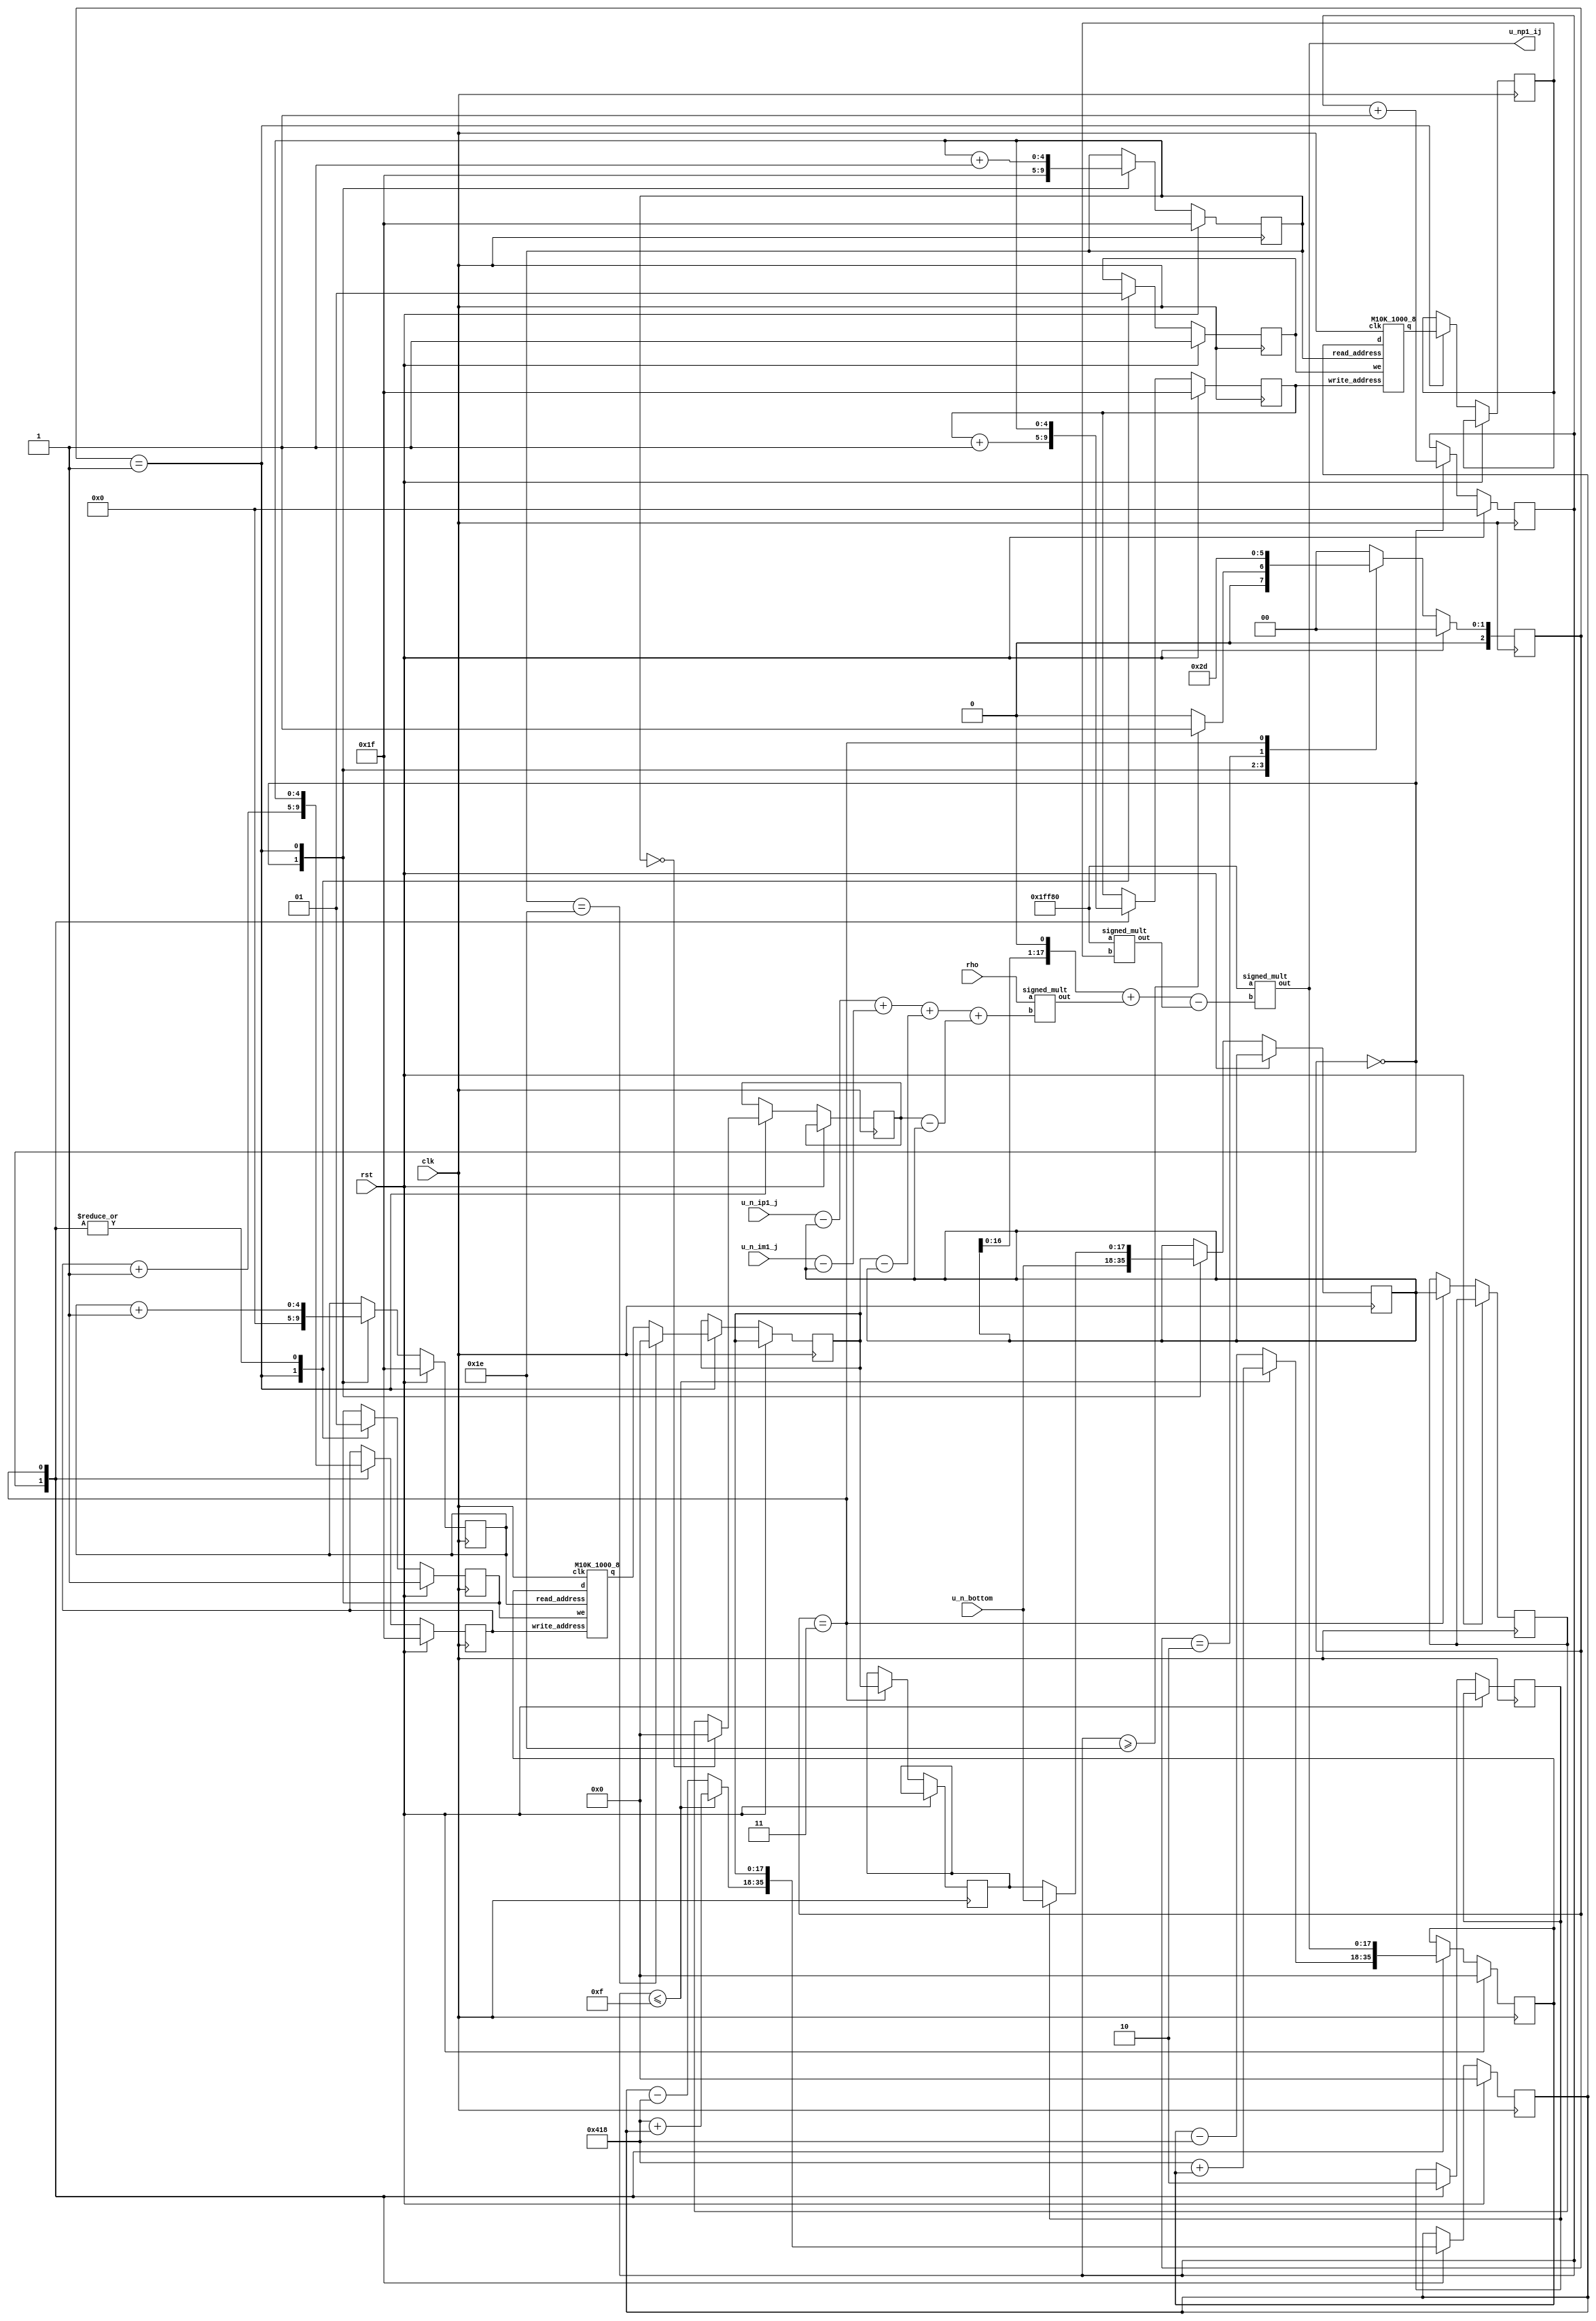
module fsm_ComputeModule(
    clk,
    rst,
    //u_n_ij,   delete this input
    //u_nm1_ij, 
    u_n_im1_j, 
    //u_n_i_jm1,    delete this input
    //u_n_i_jp1, 
    u_n_ip1_j, 
    rho,
    u_np1_ij,
    u_n_bottom
);
    input clk;
    input rst;
    input signed [17:0]   u_n_bottom;
    input signed [17:0] u_n_im1_j, u_n_ip1_j;  // Assuming 1.17 fixed 
    input [17:0] rho;
    output signed [17:0] u_np1_ij;  

    // memory blocks initialization
    reg [4:0] w_addr_un;
    reg [4:0] w_addr_un_1;
    reg [4:0] r_addr_un;
    reg [4:0] r_addr_un_1;
    reg we_un;
    reg we_un_1;
    reg [17:0] in_un;
    wire [17:0] out_un;
    reg [17:0] in_un_1;
    wire [17:0] out_un_1;
    reg init;
    reg signed [17:0] out_un_reg, out_un_1_reg, u_nm1_ij, u_n_i_jp1;

    wire signed  [17:0] tmp1, tmp3;
    wire signed [17:0] rho_tmp1;
    wire signed [17:0] al_nm1ij;
    wire signed [17:0] al_tmp3;
    reg signed  [17:0] unn, unn_1;

    parameter ng_dt_2 = 18'b0_0_0000_0000_1000_0000; //2^(-10)

    wire [17:0] alpha;
    assign alpha = 18'b1_0_0000_0000_0000_0000 - ng_dt_2;   // 1 - (ng*dt)/2

    M10K_1000_8 un   (.q(out_un), //output
                      .d(in_un),
                      .write_address(w_addr_un),
                      .read_address(r_addr_un),
                      .we(we_un),
                      .clk(clk)
                      );

    M10K_1000_8 un_1 (.q(out_un_1), //output
                      .d(in_un_1),
                      .write_address( w_addr_un_1),
                      .read_address(r_addr_un_1),
                      .we(we_un_1),
                      .clk(clk)
                      );

    reg [2:0] state;
    reg [2:0] next_state;
    reg [4:0] counter, counter_mem; 
    parameter [17:0] increment_mem = 18'b0_0_0000_0100_0001_1000;


    reg [17:0] u_n_i_jm1, u_n_i_j, u_n_i_j_reg, u_n_i_jm1_reg;
    parameter [2:0] MEM_INI = 3'b000;
    parameter [2:0] IDLE    = 3'b001;
    parameter [2:0] CALC    = 3'b010;
    parameter [2:0] DONE    = 3'b011;
    parameter [2:0] MEM    = 3'b011;

    always@(posedge clk)begin
        state <= next_state;
        if(rst)begin
            w_addr_un  <= 5'b11111;
            w_addr_un_1<= 5'b11111;
            r_addr_un  <= 5'b11111;
            r_addr_un_1<= 5'b11111;
            we_un      <= 1;
            we_un_1    <= 1;
            in_un      <= 0;
            in_un_1    <= 0;
            counter    <= 0;
            counter_mem<= 0;
            //un   <= u_n_ij;
            next_state <= MEM_INI;
        end else begin
            case(next_state)

                MEM_INI:begin
                    w_addr_un  <= w_addr_un + 1;
                    w_addr_un_1<= w_addr_un_1 + 1;
                    we_un      <= 1;
                    we_un_1    <= 1;
                    if(counter_mem <= 15) begin
                        in_un      <= increment_mem + in_un;
                        in_un_1    <= increment_mem + in_un_1;
                    end else begin
                        in_un      <= in_un - increment_mem;
                        in_un_1    <= in_un_1 - increment_mem;
                    end
                    
                    counter_mem    <= counter_mem + 1;
                    counter <= 0;
                    r_addr_un  <= 0;
                    r_addr_un_1<= 5'b11111;
                    init = 1;
                    next_state <= (counter_mem >= 5'd30)? IDLE : MEM_INI;
                    u_n_i_j <= u_n_bottom;
                    if(counter_mem == 30)begin
                        r_addr_un <= 5'b0;
                        r_addr_un_1 <= 5'b11111;
                    end  
                    //un_1 <= u_nm1_ij;
                end
                IDLE:begin

                    r_addr_un  <= r_addr_un + 1;
                    r_addr_un_1<= r_addr_un_1 + 1;

                    // counter <= (counter == 5'd30) ? 5'd0 : counter + 1;
                    we_un     <= 0;
                    we_un_1    <= 0;
                    //out_un_reg <= out_un;
                    u_nm1_ij   <= out_un_1; 
                    // un_1 <= u_nm1_ij;
                    // un   <= u_n_ij;

                    if(r_addr_un_1 == 0) begin
                        u_n_i_jm1 <= 0;
                        // u_n_i_j <= u_n_bottom;
                    end else begin
                        u_n_i_jm1 <= u_n_i_jm1_reg;
                        // u_n_i_j <= u_n_i_j_reg;
                    end

                    if (init == 1)begin
                        u_n_i_j <= u_n_bottom;
                    end else begin
                        u_n_i_j <= u_n_i_j_reg;
                    end
                    
                    if (r_addr_un_1 == 5'd30) begin
                        u_n_i_jp1 <= 0;
                    end else begin
                        u_n_i_jp1 <= out_un;
                    end
                    // r_addr_un  <= r_addr_un + 1;
                    // r_addr_un_1<= r_addr_un_1 + 1;
                    next_state <= CALC;
                end
                CALC:begin
                    next_state <= DONE;
                    //out_un
                end
                DONE: begin
                    
                    w_addr_un  <= r_addr_un_1;
                    w_addr_un_1<= r_addr_un_1;
         
                    we_un     <= 1;
                    we_un_1    <= 1;
                    in_un <= u_np1_ij;
                    in_un_1 <= u_n_i_jp1;
                    u_n_i_j_reg <= u_n_i_jp1;
                    u_n_i_jm1_reg <= u_n_i_j;
                    next_state <= IDLE;
                    init = 0;

                end
                default:next_state <= MEM_INI;
            endcase
        end
    end

    assign tmp1 = (u_n_ip1_j - u_n_i_j) + (u_n_im1_j - u_n_i_j) + (u_n_i_jp1 - u_n_i_j) + (u_n_i_jm1 - u_n_i_j);
    assign tmp3 = (u_n_i_j <<1) + rho_tmp1 - al_nm1ij;
    assign u_np1_ij = al_tmp3;

    //implementing the fix-point multiplier
    signed_mult mul_1 (.out(rho_tmp1),
                       .a(rho),
                       .b(tmp1)
                       );

    signed_mult mul_2 (.out(al_nm1ij),
                       .a(alpha),
                       .b(u_nm1_ij)
                       );
     
    signed_mult mul_3 (.out(al_tmp3),
                       .a(alpha),
                       .b(tmp3)
                       );

endmodule


module ComputeModule(
    clk,
    rst,
    u_n_ij, 
    u_nm1_ij, 
    u_n_im1_j, 
    u_n_i_jm1, 
    u_n_i_jp1, 
    u_n_ip1_j, 
    rho,
    u_np1_ij  
);

    input clk;
    input rst;
    input signed [17:0] u_n_ij, u_nm1_ij;
    input signed [17:0] u_n_im1_j, u_n_i_jm1, u_n_i_jp1, u_n_ip1_j;  // Assuming 1.17 fixed 
    input [17:0] rho;
    output signed [17:0] u_np1_ij;  

    parameter ng_dt_2 = 18'b0_0_0000_0000_1000_0000; //2^(-10)

    wire [17:0] alpha;
    assign alpha = 18'b1_0_0000_0000_0000_0000 - ng_dt_2;   // 1 - (ng*dt)/2

    wire signed  [17:0] tmp1, tmp3;
    wire signed [17:0] rho_tmp1;
    wire signed [17:0] al_nm1ij;
    wire signed [17:0] al_tmp3;
    reg signed  [17:0] unt, un_1t;

    always@(posedge clk) begin
        if(rst) begin
            un_1t <= u_nm1_ij;
            unt   <= u_n_ij;
        end else begin
            un_1t  <= unt;
            unt    <= al_tmp3;

        end
    end

   
        
    assign tmp1 = (u_n_ip1_j - unt) + (u_n_im1_j - unt) + (u_n_i_jp1 - unt) + (u_n_i_jm1 - unt);
    assign tmp3 = (unt <<1) + rho_tmp1 - al_nm1ij;
    assign u_np1_ij = al_tmp3;

      

    //implementing the fix-point multiplier
    signed_mult mul_1 (.out(rho_tmp1),
                       .a(rho),
                       .b(tmp1)
                       );

    signed_mult mul_2 (.out(al_nm1ij),
                       .a(alpha),
                       .b(un_1t)
                       );
     
    signed_mult mul_3 (.out(al_tmp3),
                       .a(alpha),
                       .b(tmp3)
                       );






endmodule

//////////////////////////////////////////////////
//// signed mult of 1.17 format 2'comp////////////
//////////////////////////////////////////////////
module signed_mult (out, a, b);
	output 	signed  [17:0]	out;
	input 	signed	[17:0] 	a;
	input 	signed	[17:0] 	b;
	// intermediate full bit length
	wire 	signed	[35:0]	mult_out;
	assign mult_out = a * b;
	// select bits for 7.20 fixed point
	assign out = {mult_out[35], mult_out[33:17]};
endmodule


//============================================================
// M10K module for testing
//============================================================
// See example 12-16 in 
// http://people.ece.cornell.edu/land/courses/ece5760/DE1_SOC/HDL_style_qts_qii51007.pdf
//============================================================
module M10K_1000_8( 
    output reg [17:0] q,
    input [17:0] d,
    input [4:0] write_address, read_address,//half
    input we, clk
);

    reg [17:0] mem [31:0]; /* synthesis ramstyle = "no_rw_check, M10K" */
	 
    always @ (posedge clk) begin
        if (we) begin
            mem[write_address] <= d;
		  end
        q <= mem[read_address]; // q doesn't get d in this clock cycle
    end
endmodule